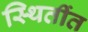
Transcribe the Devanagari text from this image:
स्थितींत